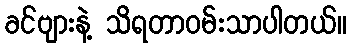
ခင်ဗျားနဲ့ သိရတာဝမ်းသာပါတယ်။